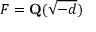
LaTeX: F = \mathbf { Q } ( { \sqrt { - d } } )